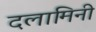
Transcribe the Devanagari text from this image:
दलामिनी